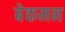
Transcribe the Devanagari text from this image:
बेकमन